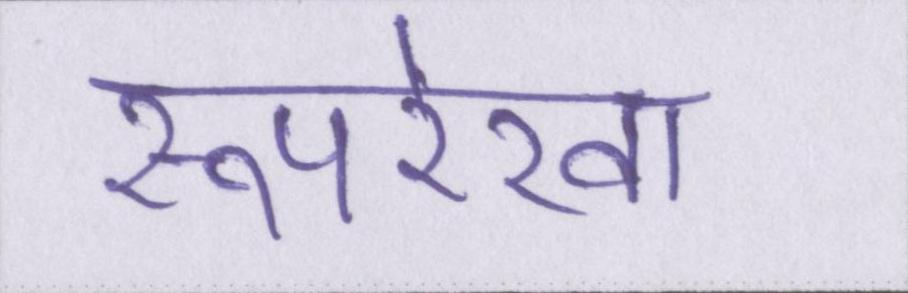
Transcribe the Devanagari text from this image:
रूपरेखा